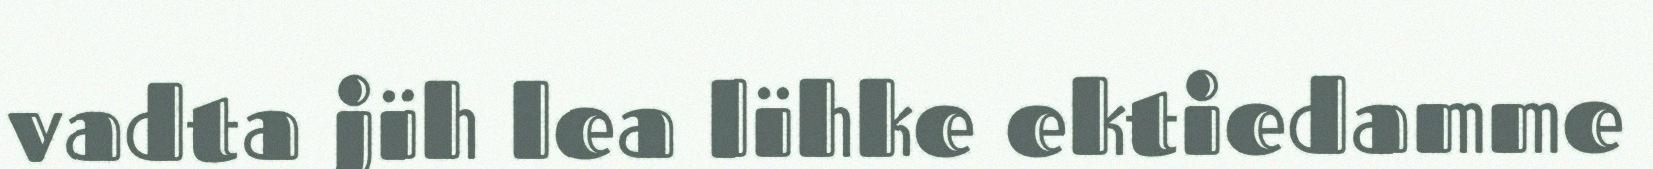
vadta jïh lea lïhke ektiedamme